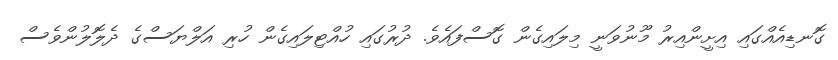
ގޮނޑިއެއްގައި އިށީންއިރު މޫނުވަނީ މިލައިގެން ގޮސްފައެވެ. ދުރުގައި ހުއްޓިލައިގެން ހުރި އަލްޔަސްގެ ދެލޮލުންވެސް